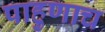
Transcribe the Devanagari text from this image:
पाहुणाच